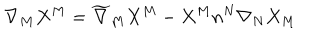
LaTeX: \nabla _ { M } X ^ { M } = \widetilde { \nabla } _ { M } X ^ { M } - X ^ { M } n ^ { N } \nabla _ { N } X _ { M }